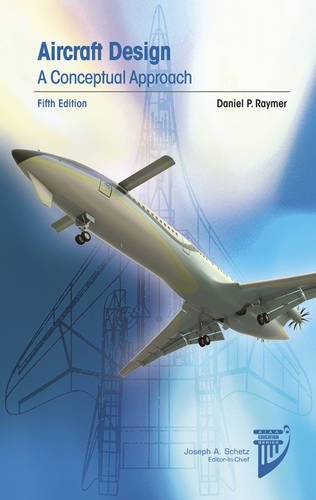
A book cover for Aircraft Design: A Conceptual Approach (Aiaa Education Series); Daniel P. Raymer; Engineering & Transportation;